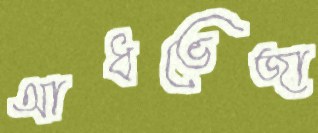
আধভেজা